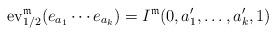
LaTeX: \begin{align*}{\rm ev}_{1/2}^{\mathfrak{m}}(e_{a_{1}}\cdots e_{a_{k}})=I^{\mathfrak{m}}(0,a_{1}',\dots,a_{k}',1)\end{align*}